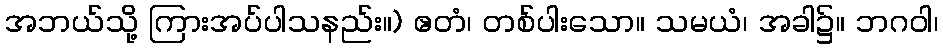
အဘယ်သို့ ကြားအပ်ပါသနည်း။) ဧတံ၊ တစ်ပါးသော။ သမယံ၊ အခါ၌။ ဘဂဝါ၊